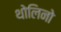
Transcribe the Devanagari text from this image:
थोलिनो